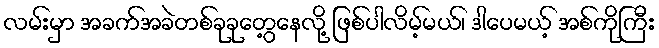
လမ်းမှာ အခက်အခဲတစ်ခုခုတွေ့နေလို့ ဖြစ်ပါလိမ့်မယ်၊ ဒါပေမယ့် အစ်ကိုကြီး